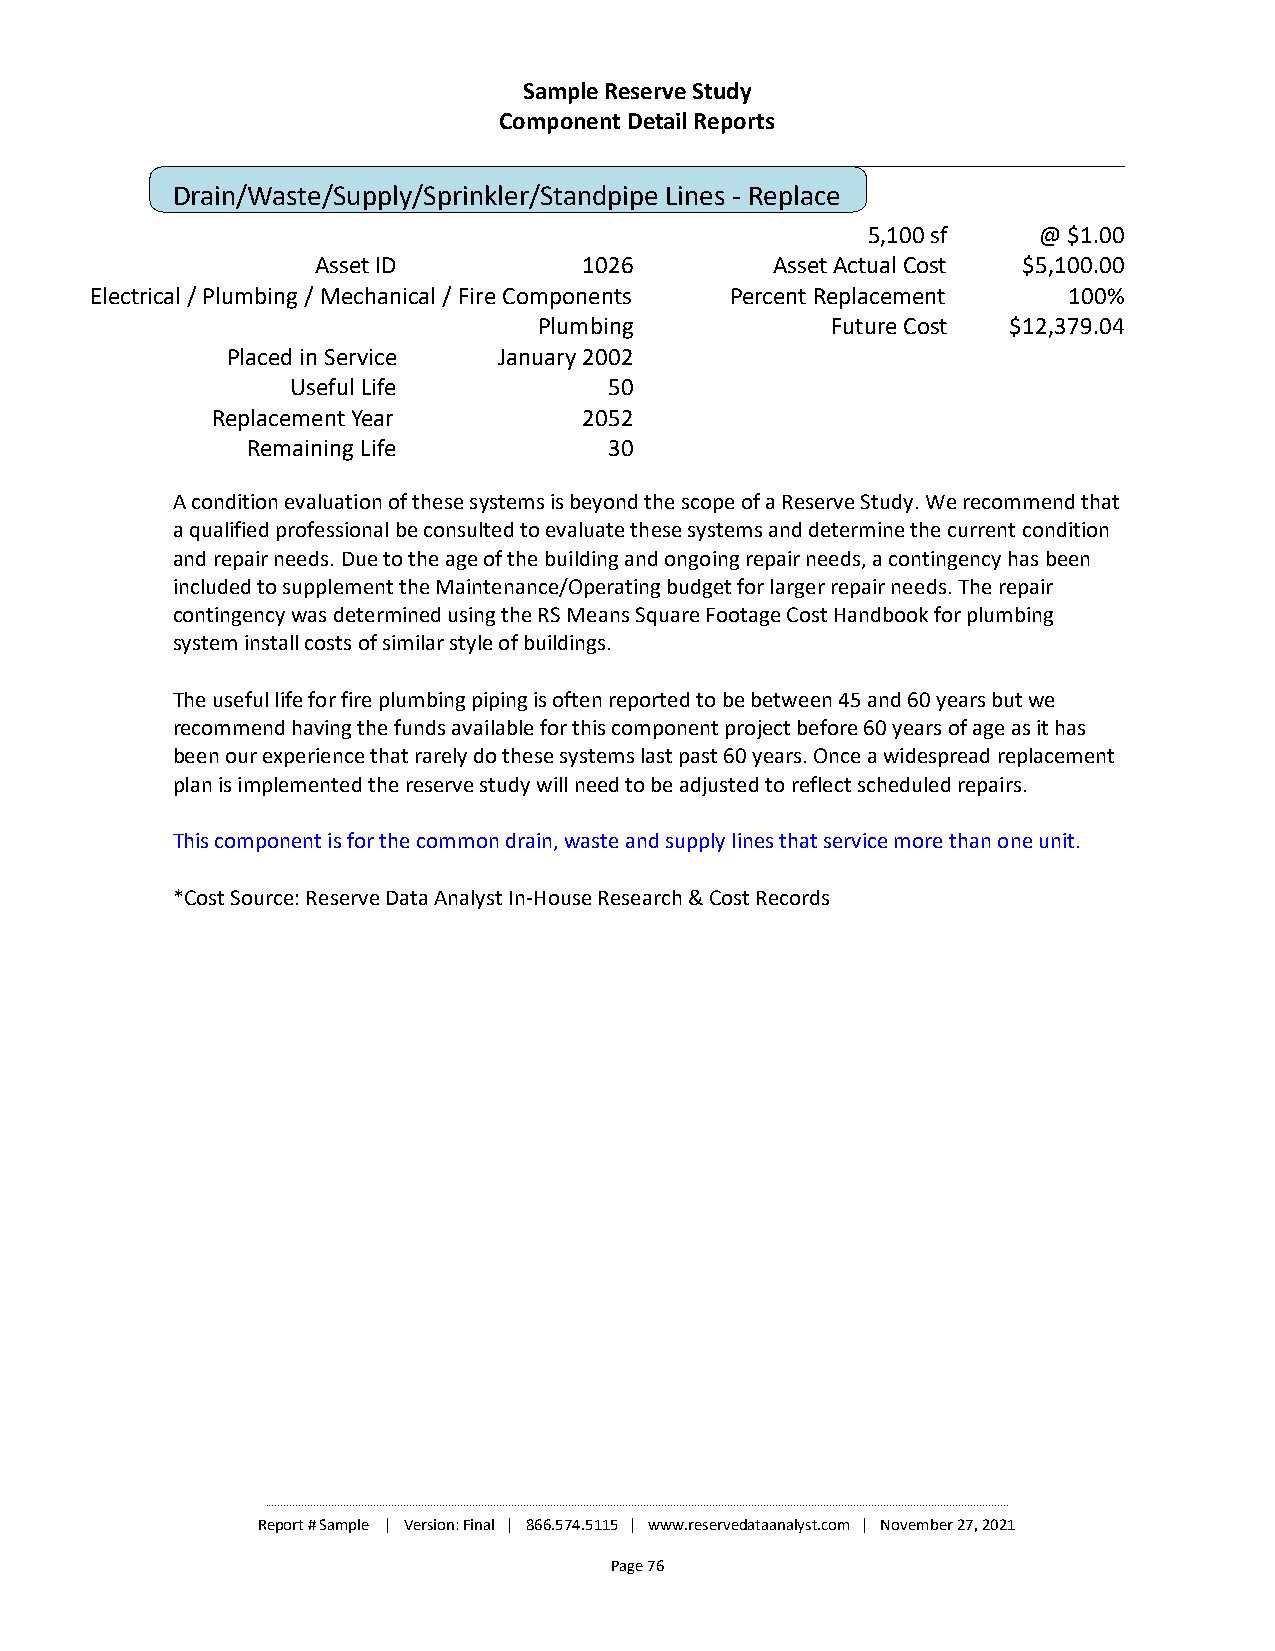
Sample Reserve Study
 Component Detail Reports
 Drain/Waste/Supply/Sprinkler/Standpipe Lines - Replace
 5,100 sf    @ $1.00
 Asset ID          1026        Asset Actual Cost $5,100.00
 Electrical / Plumbing / Mechanical / Fire Components Percent Replacement 100%
 Plumbing           Future Cost $12,379.04
 Placed in Service January 2002
 Useful Life          50
 Replacement Year         2052
 Remaining Life          30
 A condition evaluation of these systems is beyond the scope of a Reserve Study. We recommend that
 a qualified professional be consulted to evaluate these systems and determine the current condition
 and repair needs. Due to the age of the building and ongoing repair needs, a contingency has been
 included to supplement the Maintenance/Operating budget for larger repair needs. The repair
 contingency was determined using the RS Means Square Footage Cost Handbook for plumbing
 system install costs of similar style of buildings.
 The useful life for fire plumbing piping is often reported to be between 45 and 60 years but we
 recommend having the funds available for this component project before 60 years of age as it has
 been our experience that rarely do these systems last past 60 years. Once a widespread replacement
 plan is implemented the reserve study will need to be adjusted to reflect scheduled repairs.
 This component is for the common drain, waste and supply lines that service more than one unit.
 *Cost Source: Reserve Data Analyst In-House Research & Cost Records
 ________________________________________________________________________________________________________________________________________________________________________________________________________________________________________________________
 Report # Sample | Version: Final | 866.574.5115 | www.reservedataanalyst.com | November 27, 2021
 Page 76